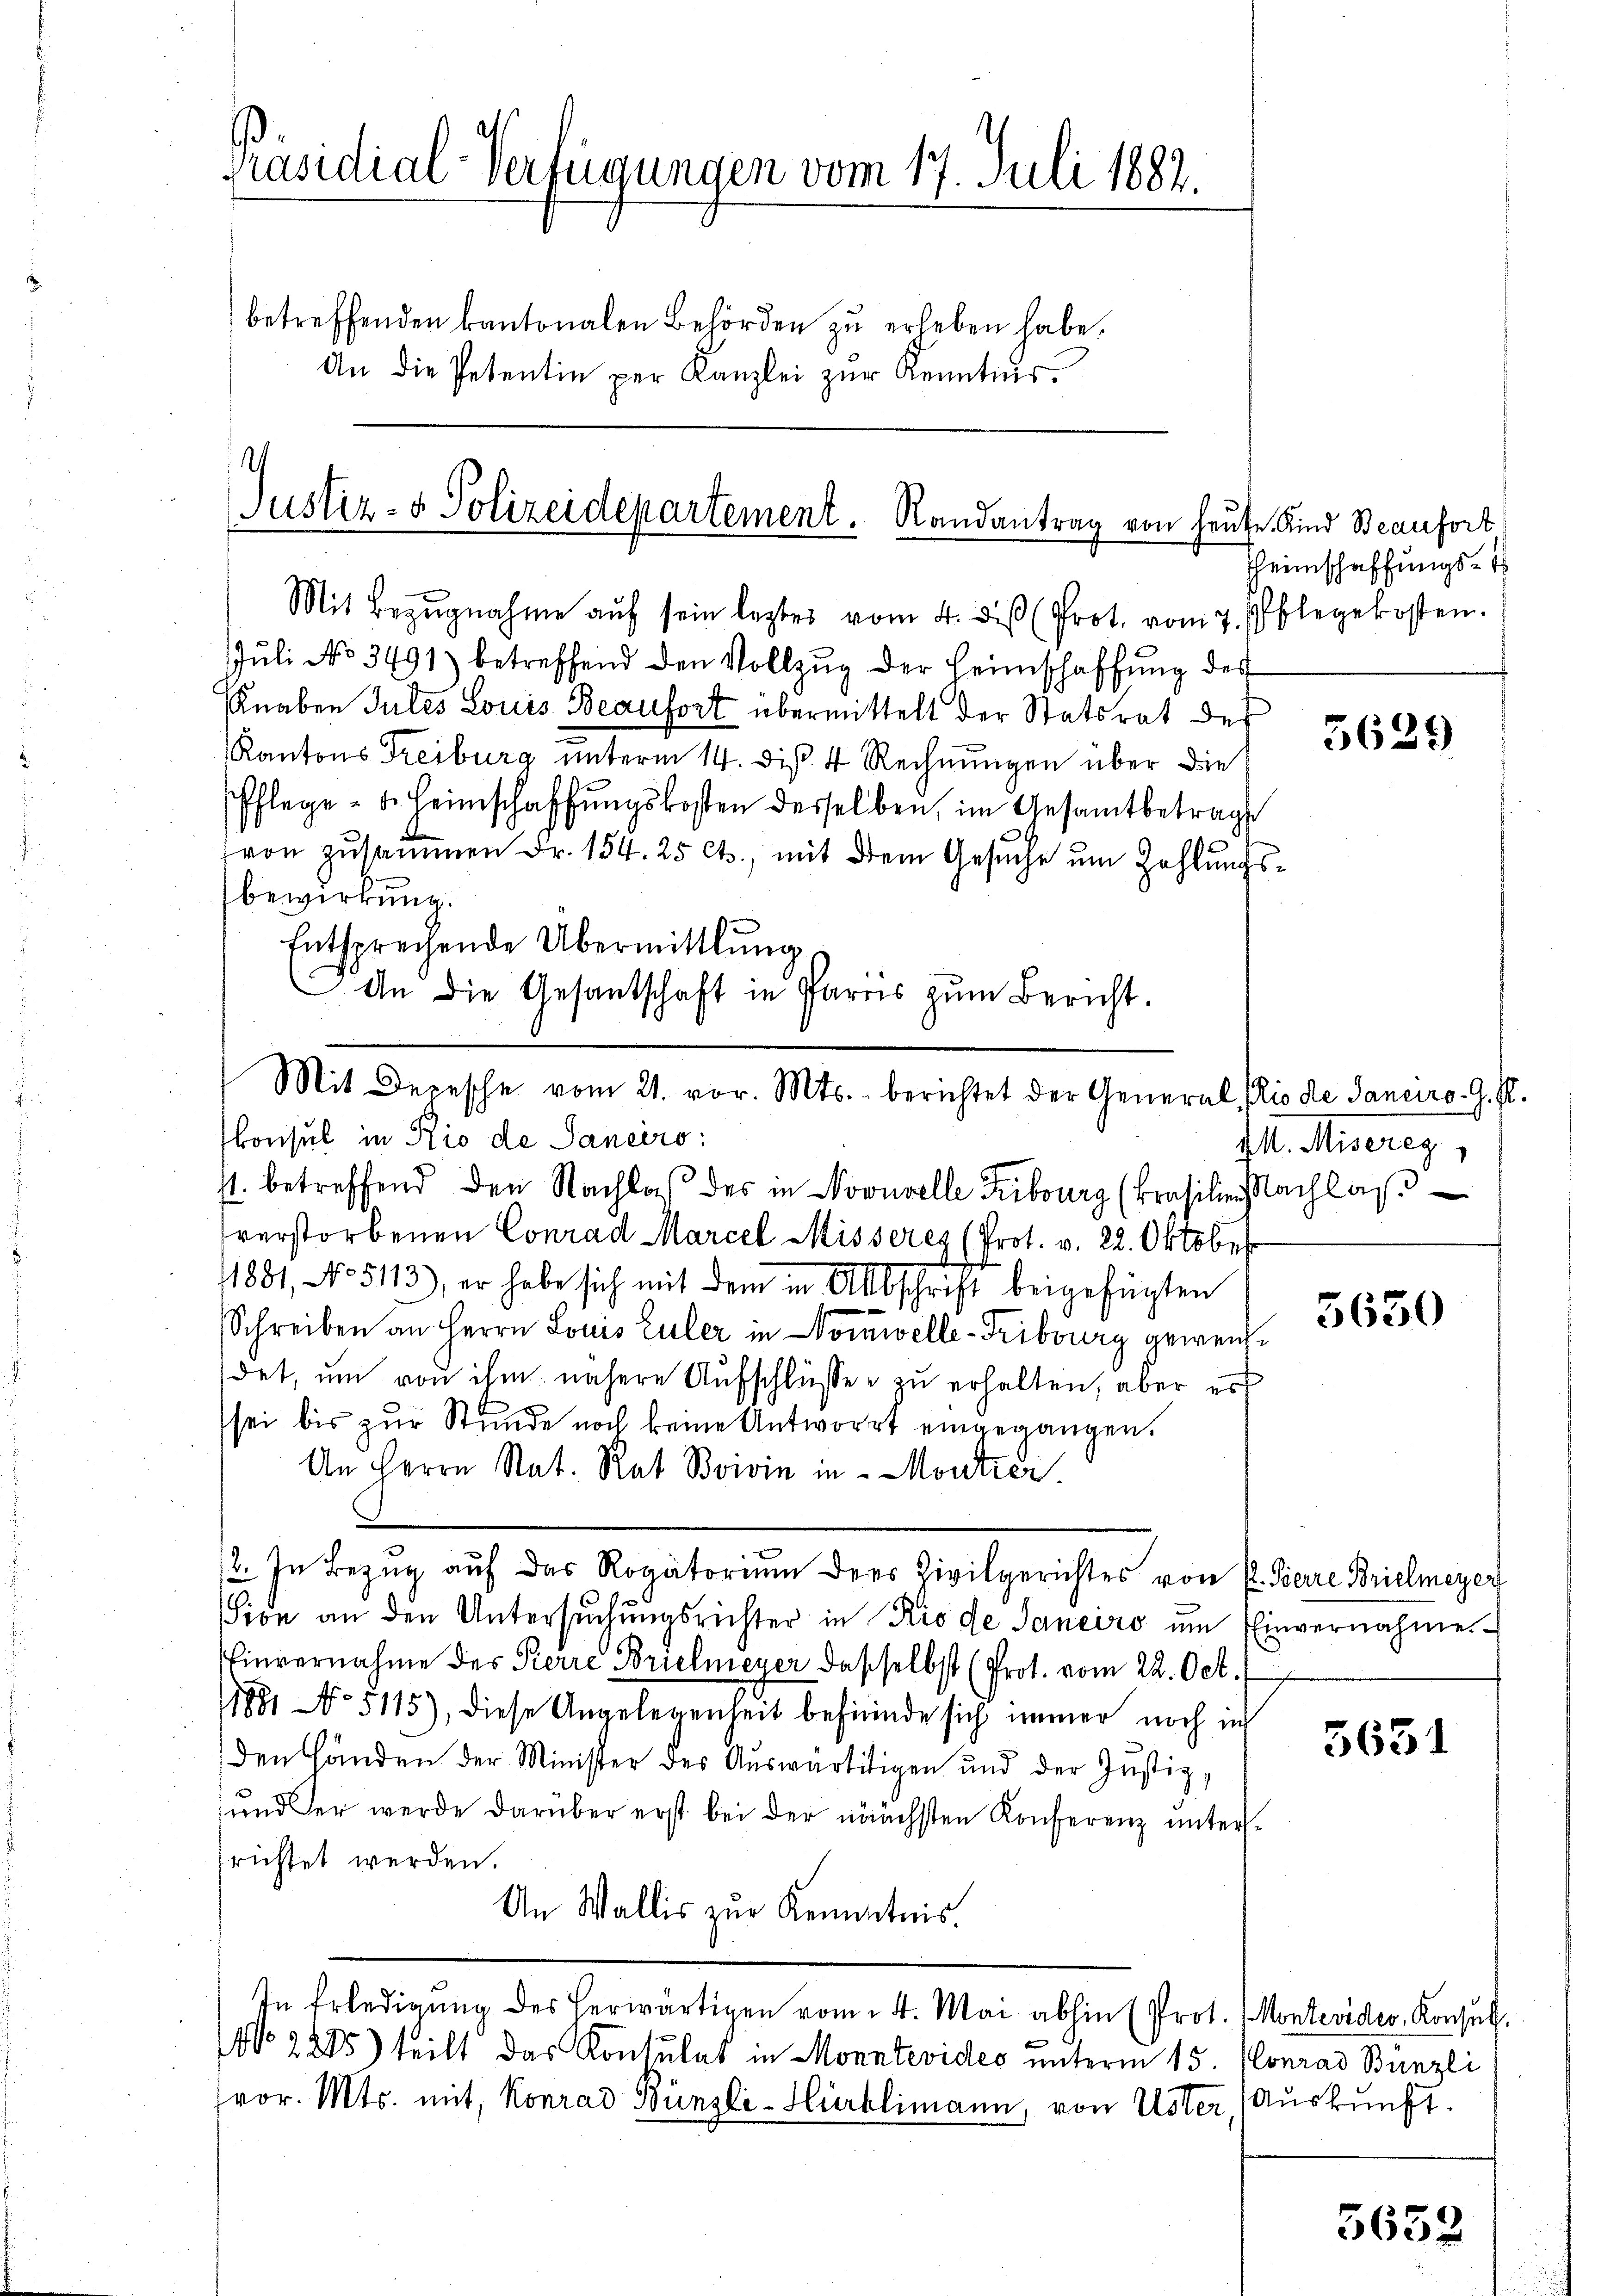
Präsidial-Verfügungen vom 17. Juli 1884.
betreffenden kantonalen Behörden zŭ erheben habe.
An die Petentin per Kanzlei zur Kenntnis.

Justiz- & Polizeidepartement. Randantrag von heute Kind Beaufort

Mit Bezŭgnahme aŭf sein leztes vom 4. diβ (Prot. vom 7. Ablegekosten.
Jŭli No 3491) betreffend den Vollzŭg der Heimschaffŭng des
Knaben Jules Louis Beaufort übermittelt der Statsrat des
Kantons Treiburg unterm 14. diβ 4 Rechnŭngen über die
Pflege - u. Heimschaffungskosten desselben, im Gesamtbetrage
von zusammen Fr. 154. 25 Cts., mit dem Gesŭche ŭm Zahlung
Bewirkung.
Entsprechende Übermittlung
An die Gesandtschaft in Parres zŭm Bericht.
Mit Depesche vom 21. vor. Mts. berichtet der General Plio de Janeiro G. K.
skonsul in Rio de Sanciro:
4. betreffend den Nachlaß des in Novuvelle Kiburg (Trasilien Nachlaβ
verstorbenen Conrad Marcel Misseres (Prot. v. 22. Oktober
1881, No 5113), er habe sich mit dem in Abschrift beigefügten
Schreiben an Herrn Louis Euler in Norwelle-Fribourg geweis
det, um von ihm nähere Aufschlüsse zu erhalten, aber es
sei bis zŭr Stunde noch keine Antwort eingegangen.
An Herrn Nat. Rat Boivin in Montrai
/2. In Bezug auf das Rogatorium ders Zivilgerichtes von P. Pierre Brielmeyer
Sion an den Untersuchungsrichter in Rio de Janeiro um Einvernahme¬
Einvernahme des Pierre Brielmeyer dasselbst (Prot. vom 22. Oct.
/1891 No 5115), diese Angelegenheit befinde sich immer noch in
den Händen der Minister des Aŭswärtigen und der Justiz-
und der werde darüber erst bei der nächsten Konferenz unterrichtet werden.
An Wallis zur Kenntnis.
In Erledigung des herwärtigen vom 24. Mai abhin (Prot. Montevider, Konsuls.
No. 2285) teilt das Konsulat in Monntevides unterm 15. Conrad Bünzli
fvor. Mts. mit, Konrad Bünzli-Hürlimann, von Uster (Auskunft.

Theimschaffungs-

5629

I. Miseres

5650

5651

5652